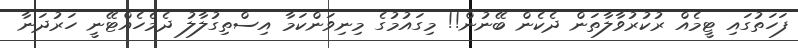
ފަހަތުގައި ޓީމެއް ރުކުރުވާލާތަން ދެކެން ބޭނުން!! މިގައުމުގެ މިނިވަންކަމާ އިސްތިގުލާލު ދެމެހެއްޓޭނީ ހަރުދަނާ